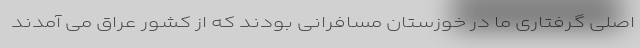
اصلی گرفتاری ما در خوزستان مسافرانی بودند که از کشور عراق می آمدند